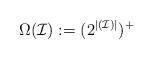
LaTeX: \begin{align*}\Omega(\mathcal{I}):= (2^{|(\mathcal{I})|})^+\end{align*}